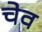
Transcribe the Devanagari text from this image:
चेव